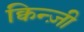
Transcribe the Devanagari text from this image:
क्विन्ज़ी